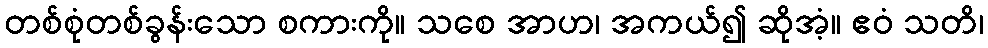
တစ်စုံတစ်ခွန်းသော စကားကို။ သစေ အာဟ၊ အကယ်၍ ဆိုအံ့။ ဧဝံ သတိ၊